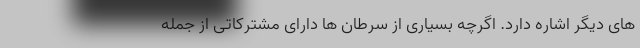
های دیگر اشاره دارد. اگرچه بسیاری از سرطان ها دارای مشترکاتی از جمله